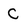
Character: C